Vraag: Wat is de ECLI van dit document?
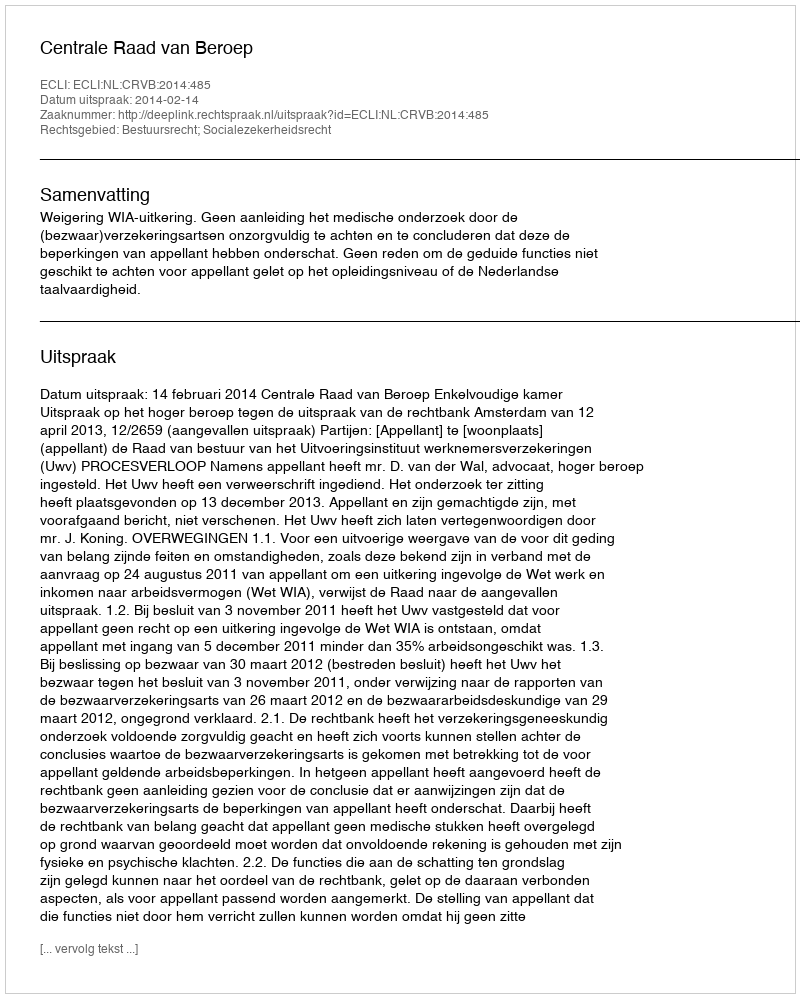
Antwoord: ECLI:NL:CRVB:2014:485